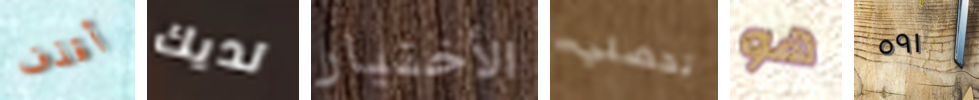
أقذف لديك الأختيار تحصلي هو ٥٩١